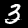
Label: 3